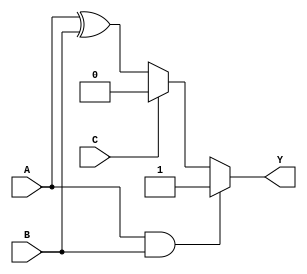
module combinational_logic (
    input wire A,       // First input signal
    input wire B,       // Second input signal
    input wire C,       // Third input signal
    output reg Y        // Output signal
);

    // Combinational logic block
    always @(*) begin
        // Initialize output
        Y = 1'b0; // Default assignment

        // Example logic operations
        if (A && B) begin
            Y = 1'b1; // If both A and B are high, set Y high
        end else if (C) begin
            Y = 1'b0; // If C is high and A & B are not, set Y low
        end else begin
            Y = A ^ B; // Set Y to the XOR of A and B
        end
    end

endmodule